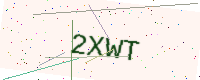
Text: 2XWT